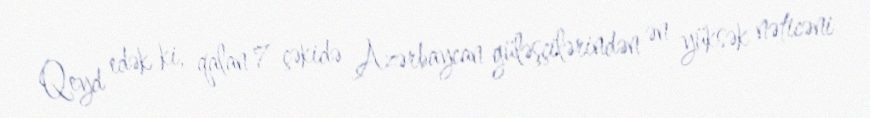
Qeyd edək ki, qalan 7 çəkidə Azərbaycan güləşçilərindən ən yüksək nəticəni